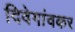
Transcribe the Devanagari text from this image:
दिवेगांवकर